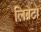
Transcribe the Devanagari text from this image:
लिब्रेटो